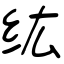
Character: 纮